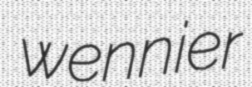
wennier